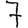
Digit: 7